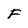
Character: F